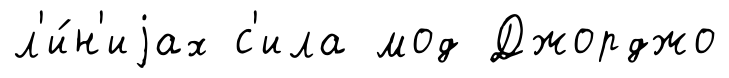
л'и́н'иjах с'ила мод Джорджо